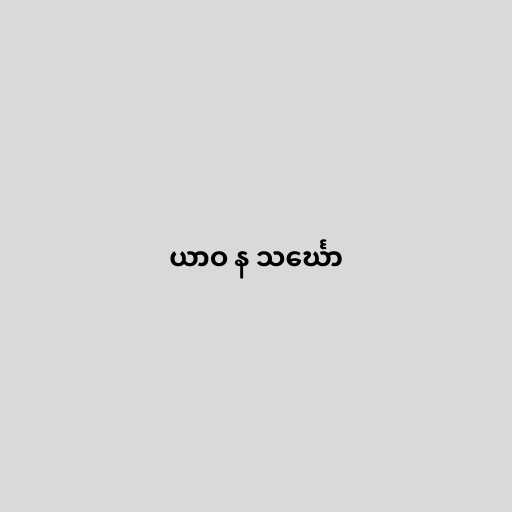
ယာဝ န သင်္ဃော